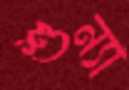
শুন্যা